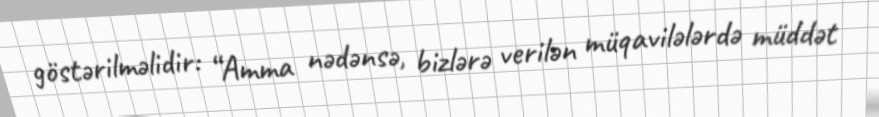
göstərilməlidir: “Amma nədənsə, bizlərə verilən müqavilələrdə müddət